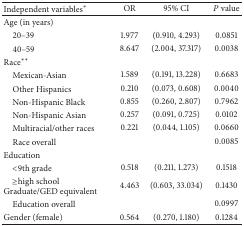
<table><thead><tr><td><b>Independent variables<sup>*</sup></b></td><td><b>OR</b></td><td><b>95% CI</b></td><td><b><i>P</i> value</b></td></tr></thead><tbody><tr><td>Age (in years)</td><td> </td><td> </td><td> </td></tr><tr><td> 20–39</td><td>1.977</td><td>(0.910, 4.293)</td><td>0.0851</td></tr><tr><td> 40–59</td><td>8.647</td><td>(2.004, 37.317)</td><td>0.0038</td></tr><tr><td>Race<sup>**</sup></td><td> </td><td> </td><td> </td></tr><tr><td> Mexican-Asian</td><td>1.589</td><td>(0.191, 13.228)</td><td>0.6683</td></tr><tr><td> Other Hispanics</td><td>0.210</td><td>(0.073, 0.608)</td><td>0.0040</td></tr><tr><td> Non-Hispanic Black</td><td>0.855</td><td>(0.260, 2.807)</td><td>0.7962</td></tr><tr><td> Non-Hispanic Asian</td><td>0.257</td><td>(0.091, 0.725)</td><td>0.0102</td></tr><tr><td> Multiracial/other races</td><td>0.221</td><td>(0.044, 1.105)</td><td>0.0660</td></tr><tr><td> Race overall</td><td> </td><td> </td><td>0.0085</td></tr><tr><td>Education</td><td> </td><td> </td><td> </td></tr><tr><td> &lt;9th grade</td><td>0.518</td><td>(0.211, 1.273)</td><td>0.1518</td></tr><tr><td> ≥high schoolGraduate/GED equivalent</td><td>4.463</td><td>(0.603, 33.034)</td><td>0.1430</td></tr><tr><td> Education overall</td><td> </td><td> </td><td>0.0997</td></tr><tr><td>Gender (female)</td><td>0.564</td><td>(0.270, 1.180)</td><td>0.1284</td></tr></tbody></table>